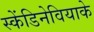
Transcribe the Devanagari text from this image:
स्केंडिनेवियाके